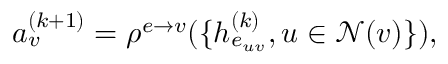
a _ { v } ^ { ( k + 1 ) } = \rho ^ { e \rightarrow v } ( \{ h _ { e _ { u v } } ^ { ( k ) } , u \in \mathcal { N } ( v ) \} ) ,